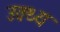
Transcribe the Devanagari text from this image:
उक्थ्य